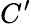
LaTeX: C^{\prime}